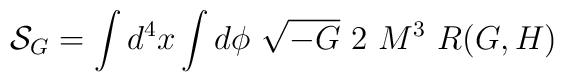
{\cal S}_G=\int d^4x\int d\phi~\sqrt{-G}~2~M^3~ R(G,H)